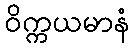
ဝိက္ကယမာနံ